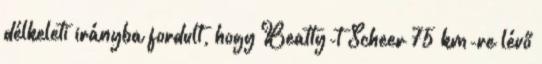
délkeleti irányba fordult, hogy Beatty-t Scheer 75 km-re lévő